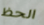
الحظ